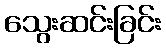
သွေးဆင်းခြင်း